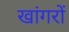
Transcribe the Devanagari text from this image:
खांगरों